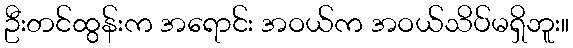
ဦးတင်ထွန်းက အရောင်း အဝယ်က အဝယ်သိပ်မရှိဘူး။